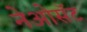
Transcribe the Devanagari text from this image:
नेओसॅट